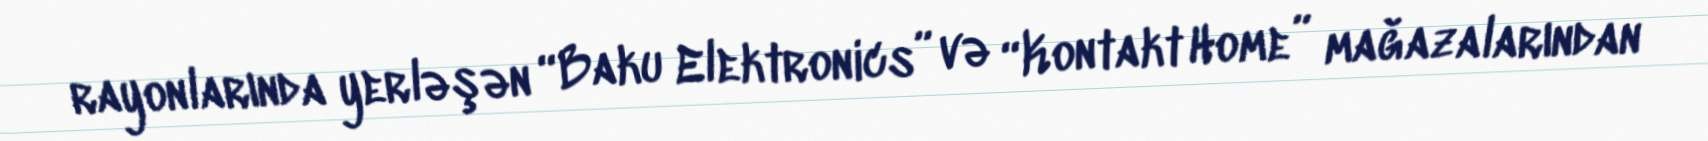
rayonlarında yerləşən “Baku Elektronics” və “Kontakt Home” mağazalarından